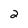
Character: 2